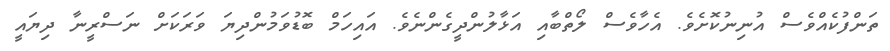
ތަންފުކެއްވެސް އުނިނުކޮށެވެ. އެހާވެސް ލޯތްބާއި އަޅާލުންދީގެންނެވެ. އައިހަމް ބޮޑުވަމުންދިޔަ ވަރަކަށް ނަސްރީނާ ދިޔައީ